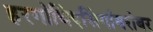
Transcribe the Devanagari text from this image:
हरगोविंदसिंगांबरोबर